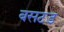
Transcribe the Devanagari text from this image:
बसटड